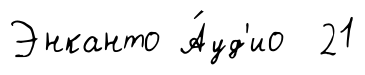
Энканто А́уд'ио 21